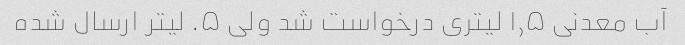
آب معدنی ۱٫۵ لیتری درخواست شد ولی ۵. لیتر ارسال شده